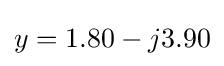
y=1.80-j3.90